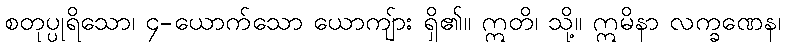
စတုပ္ပုရိသော၊ ၄-ယောက်သော ယောကျ်ား ရှိ၏။ ဣတိ၊ သို့။ ဣမိနာ လက္ခဏေန၊